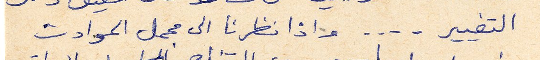
التغيير . ... واذا نظرنا الى مجمل الحوادث